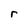
Character: r